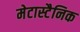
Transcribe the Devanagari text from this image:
मेटास्टैनिक